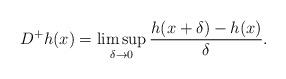
LaTeX: \begin{align*} D^+h(x)=\limsup\limits_{\delta\rightarrow0}\frac{h(x+\delta)-h(x)}{\delta}.\end{align*}